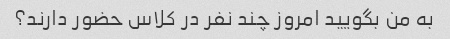
به من بگویید امروز چند نفر در کلاس حضور دارند؟